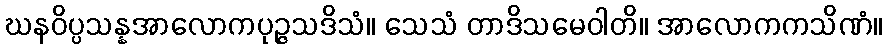
ဃနဝိပ္ပသန္နအာလောကပုဉ္ဇသဒိသံ။ သေသံ တာဒိသမေဝါတိ။ အာလောကကသိဏံ။